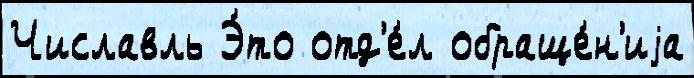
Числавль Э́то отд'е́л обраще́н'иjа